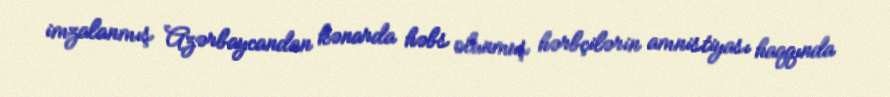
imzalanmış Azərbaycandan kənarda həbs olunmuş hərbçilərin amnistiyası haqqında